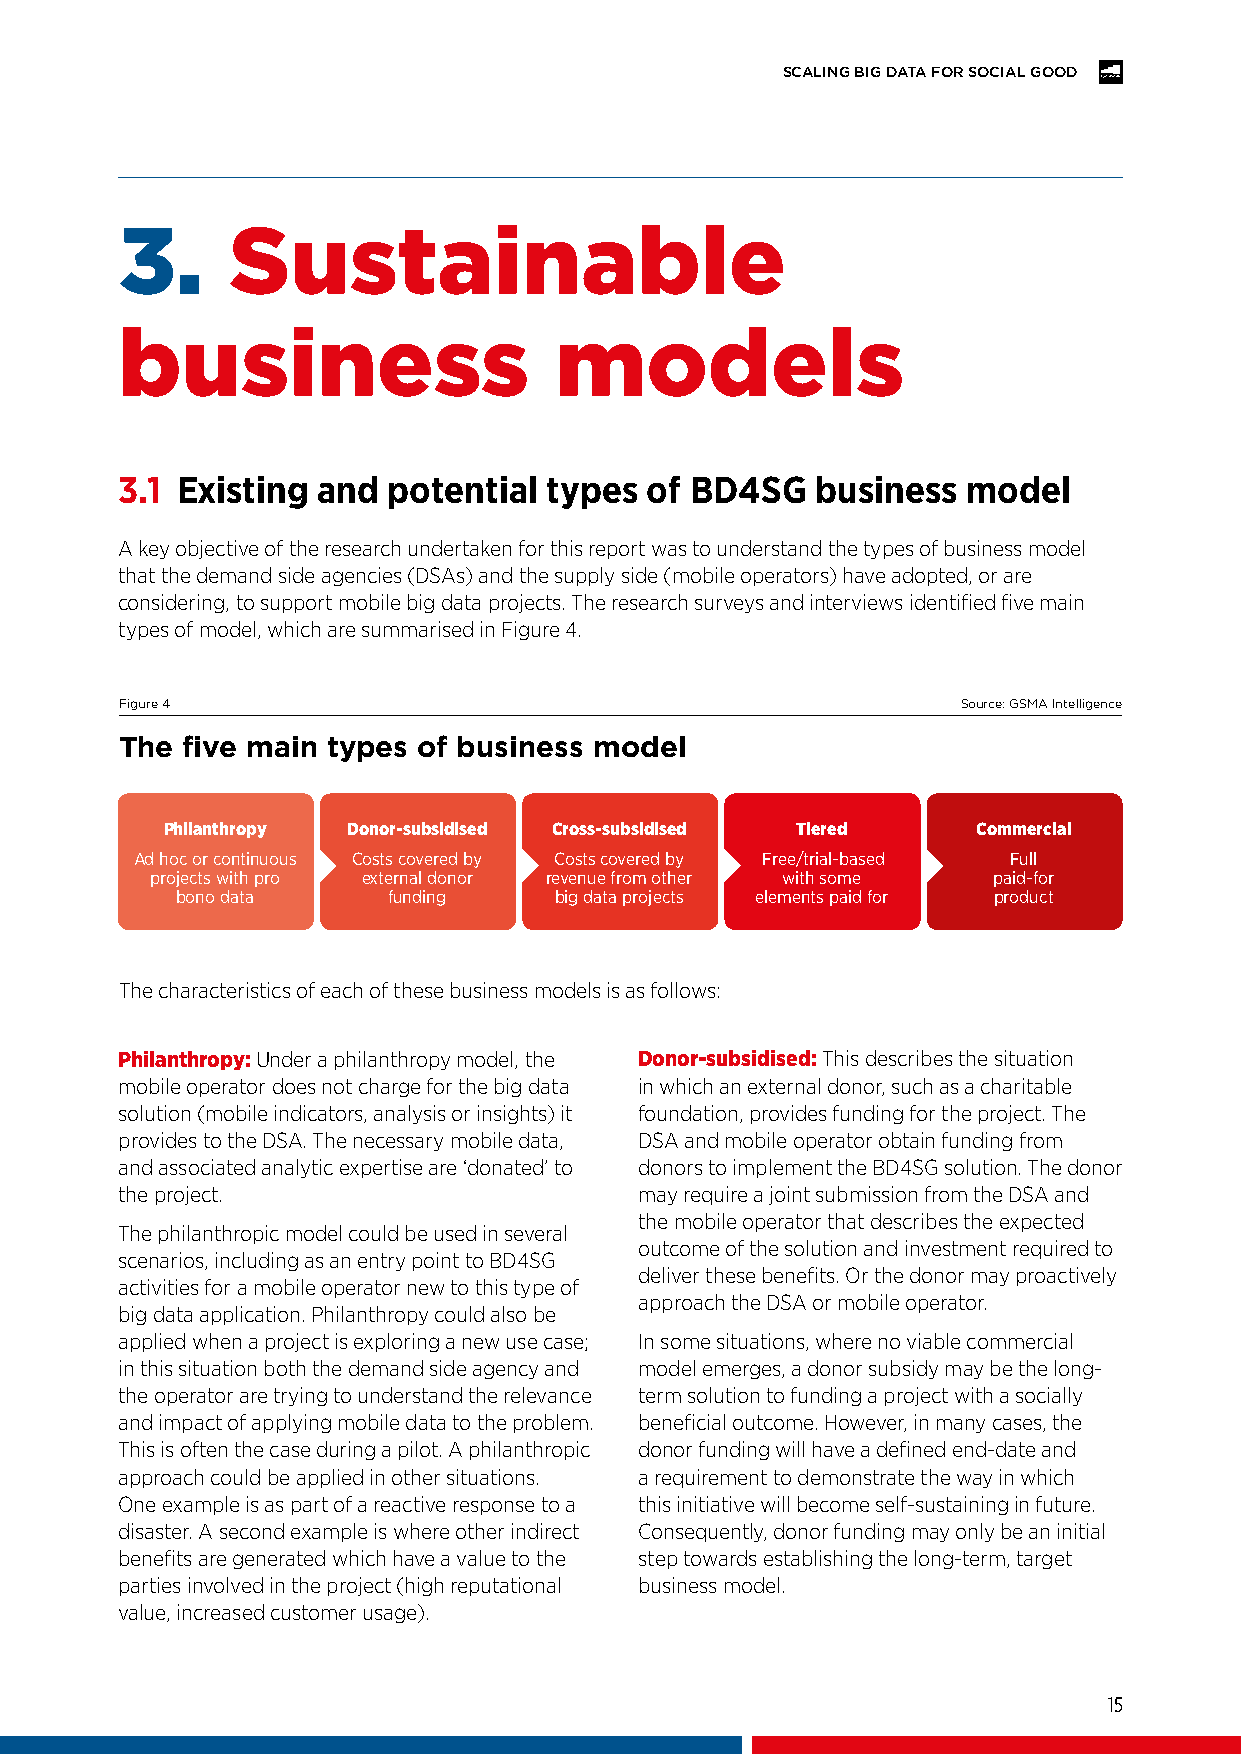
SCALING BIG DATA FOR SOCIAL GOOD
 3.     Sustainable
 business                     models
 3.1 Existing and  potential types  of BD4SG   business  model
 A key objective of the research undertaken for this report was to understand the types of business model
 that the demand side agencies (DSAs) and the supply side (mobile operators) have adopted, or are
 considering, to support mobile big data projects. The research surveys and interviews identified five main
 types of model, which are summarised in Figure 4.
 Figure 4                                                Source: GSMA Intelligence
 The five main types of business model
 Philanthropy Donor-subsidised Cross-subsidised Tiered Commercial
 Ad hoc or continuous Costs covered by Costs covered by Free/trial-based Full
 projects with pro external donor revenue from other with some paid-for
 bono data     funding    big data projects elements paid for product
 The characteristics of each of these business models is as follows:
 Philanthropy: Under a philanthropy model, the Donor-subsidised: This describes the situation
 mobile operator does not charge for the big data in which an external donor, such as a charitable
 solution (mobile indicators, analysis or insights) it foundation, provides funding for the project. The
 provides to the DSA. The necessary mobile data, DSA and mobile operator obtain funding from
 and associated analytic expertise are ‘donated’ to donors to implement the BD4SG solution. The donor
 the project.                      may require a joint submission from the DSA and
 the mobile operator that describes the expected
 The philanthropic model could be used in several
 outcome of the solution and investment required to
 scenarios, including as an entry point to BD4SG
 deliver these benefits. Or the donor may proactively
 activities for a mobile operator new to this type of
 approach the DSA or mobile operator.
 big data application. Philanthropy could also be
 applied when a project is exploring a new use case; In some situations, where no viable commercial
 in this situation both the demand side agency and model emerges, a donor subsidy may be the long-
 the operator are trying to understand the relevance term solution to funding a project with a socially
 and impact of applying mobile data to the problem. beneficial outcome. However, in many cases, the
 This is often the case during a pilot. A philanthropic donor funding will have a defined end-date and
 approach could be applied in other situations. a requirement to demonstrate the way in which
 One example is as part of a reactive response to a this initiative will become self-sustaining in future.
 disaster. A second example is where other indirect Consequently, donor funding may only be an initial
 benefits are generated which have a value to the step towards establishing the long-term, target
 parties involved in the project (high reputational business model.
 value, increased customer usage).
 15